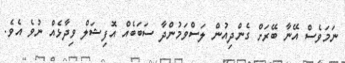
ނަމަވެސް އޭނާ ބޭރަށް ގެންދިއުން ލަސްވަމުންދާ ސަބަބެއް އޮފިޝަލް ވިދާޅެއް ނުވެ އެވެ.